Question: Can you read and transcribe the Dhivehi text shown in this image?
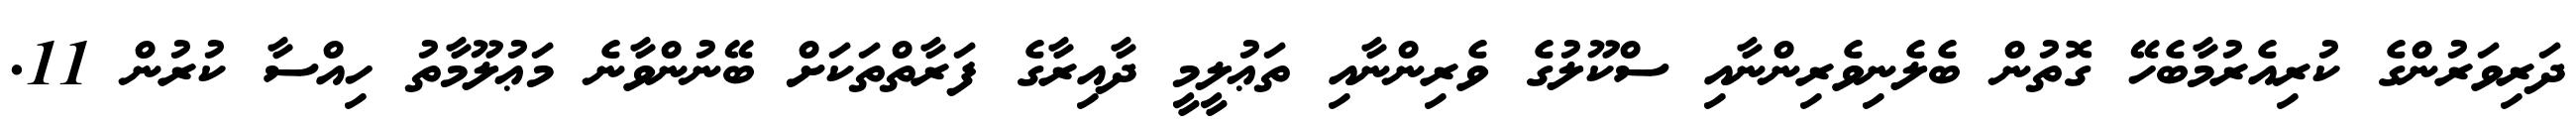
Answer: ދަރިވަރުންގެ ކުރިއެރުމާބެހޭ ގޮތުން ބެލެނިވެރިންނާއި ސްކޫލުގެ ވެރިންނާއި ތަޢުލީމީ ދާއިރާގެ ފަރާތްތަކަށް ބޭނުންވާނެ މަޢުލޫމާތު ހިއްސާ ކުރުން 11.